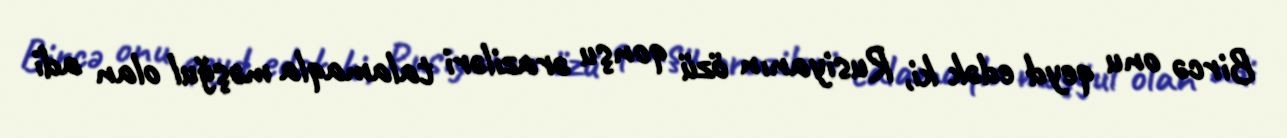
Bircə onu qeyd edək ki, Rusiyanın özü qonşu əraziləri talamaqla məşğul olan adi